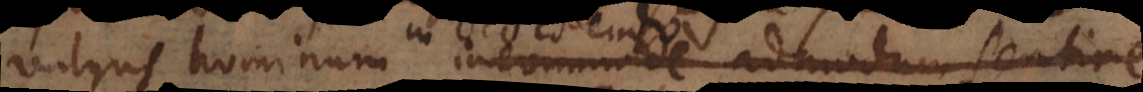
vulgus hominum incommode admodum senti